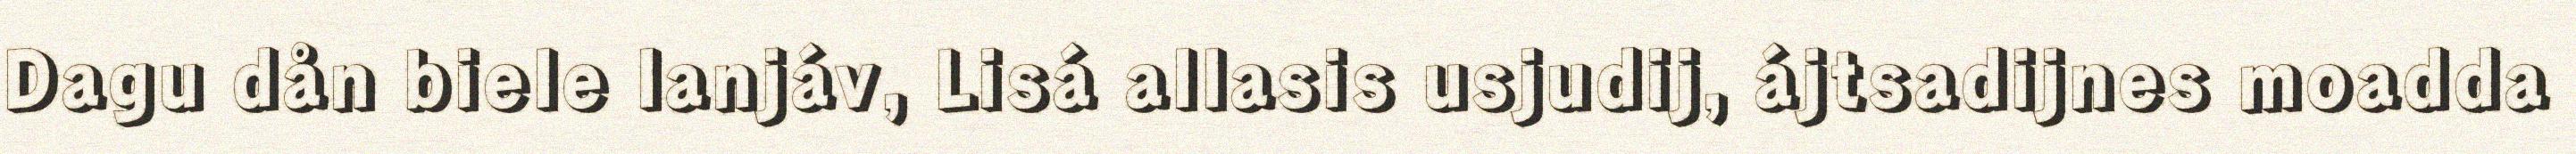
Dagu dån biele lanjáv, Lisá allasis usjudij, ájtsadijnes moadda